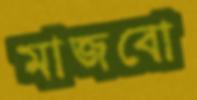
মাজবো